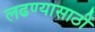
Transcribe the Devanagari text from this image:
लढण्यासाठीं